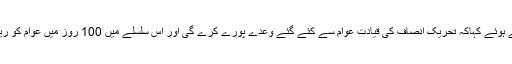
وزیراعلیٰ عثمان بزدار نے اس موقع پر گفتگو کرتے ہوئے کہاکہ تحریک انصاف کی قیادت عوام سے کئے گئے وعدے پورے کرے گی اور اس سلسلے میں 100 روز میں عوام کو ریلیف کا احساس دلانے کیلئے شب و روز کوشاں ہیں۔